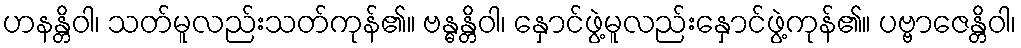
ဟနန္တိဝါ၊ သတ်မူလည်းသတ်ကုန်၏။ ဗန္ဓန္တိဝါ၊ နှောင်ဖွဲ့မူလည်းနှောင်ဖွဲ့ကုန်၏။ ပဗ္ဗာဇေန္တိဝါ၊